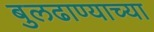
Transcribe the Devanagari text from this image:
बुलढाण्याच्या